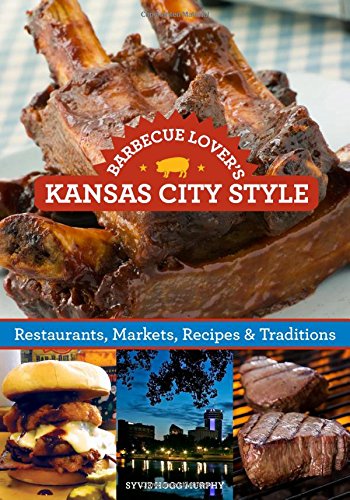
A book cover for Barbecue Lover's Kansas City Style: Restaurants, Markets, Recipes & Traditions; Ardie A. Davis; Travel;